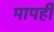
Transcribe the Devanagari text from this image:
मापही